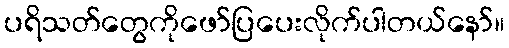
ပရိသတ်တွေကိုဖော်ပြပေးလိုက်ပါတယ်နော်။